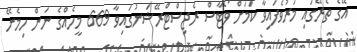
އޭގެ ތެރޭގައި މަރުވެފައިވާ ކަމަށް ވޯޓާސް ރެޖިސްޓްރޭޝަނުގައިވާ 669 މީހެއްގެ ނަން ހިމެނޭ